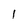
Character: 1